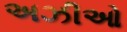
અઝીઓ